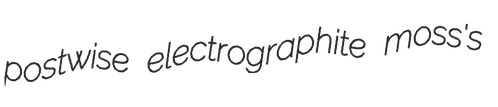
postwise electrographite moss's